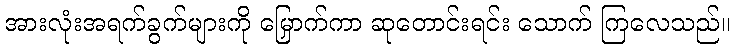
အားလုံးအရက်ခွက်များကို မြှောက်ကာ ဆုတောင်းရင်း သောက် ကြလေသည်။